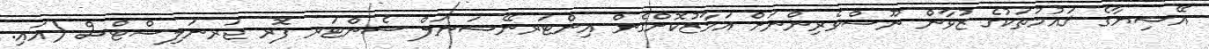
އޭޝިޔާގެ ޤައުމުތަކުގެ ޒުވާން ނޫސްވެރިންނަށް އަމާޒުކޮށްގެން އިންޓަރނޭޝަނަލް ސެންޓަރ ފޮރ ޖަރނަލިސްޓްސް (އައި.